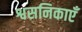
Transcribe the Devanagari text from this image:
श्वसनिकाएँ